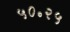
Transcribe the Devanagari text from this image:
५०॰२५